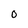
Character: O